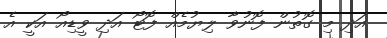
އަދި މި ގޮތުން ފޮނުވާ ލިޔުމެއް ފޮޓޯ އަދި ވީޑިއޯ އަކީ އެ